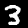
Label: 3